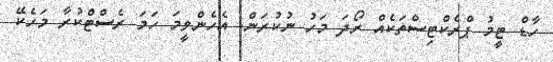
ހާޑް ޓީމު ޕްރެކްޓިސްތަކެއް ރޯދަ މަހު ނުކުރަން. އެހެންވީމަ ހަމަ ރެސްޓްކުރާ މަހެކޭ